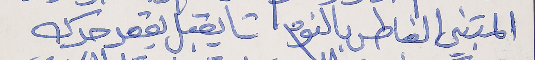
المتبني الغاطس بالنوم      تا يقبل يقعد حدك